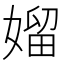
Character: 媹